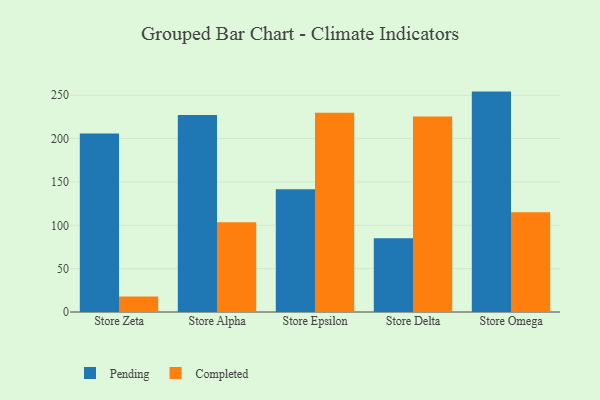
{"axis": {"x": "Store", "y": "Backlog"}, "legend": ["Completed", "Pending"], "data": [{"x": "Store Zeta", "y": 205.8, "type": "Pending"}, {"x": "Store Zeta", "y": 18.0, "type": "Completed"}, {"x": "Store Alpha", "y": 227.1, "type": "Pending"}, {"x": "Store Alpha", "y": 103.6, "type": "Completed"}, {"x": "Store Epsilon", "y": 141.5, "type": "Pending"}, {"x": "Store Epsilon", "y": 229.7, "type": "Completed"}, {"x": "Store Delta", "y": 85.0, "type": "Pending"}, {"x": "Store Delta", "y": 225.4, "type": "Completed"}, {"x": "Store Omega", "y": 254.2, "type": "Pending"}, {"x": "Store Omega", "y": 115.1, "type": "Completed"}]}